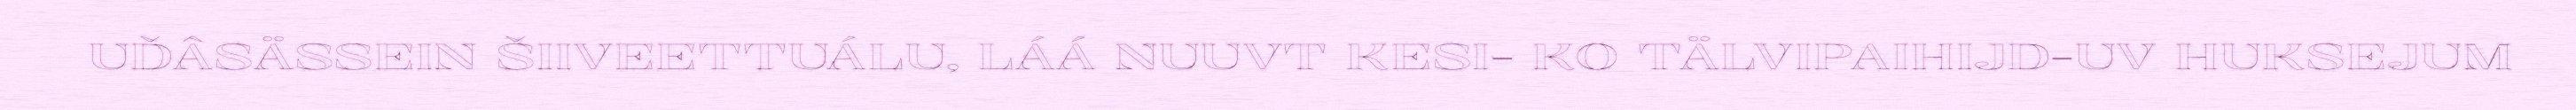
UĐÂSÄSSEIN ŠIIVEETTUÁLU, LÁÁ NUUVT KESI- KO TÄLVIPAIHIJD-UV HUKSEJUM